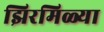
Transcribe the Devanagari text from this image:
झिरमिळ्या